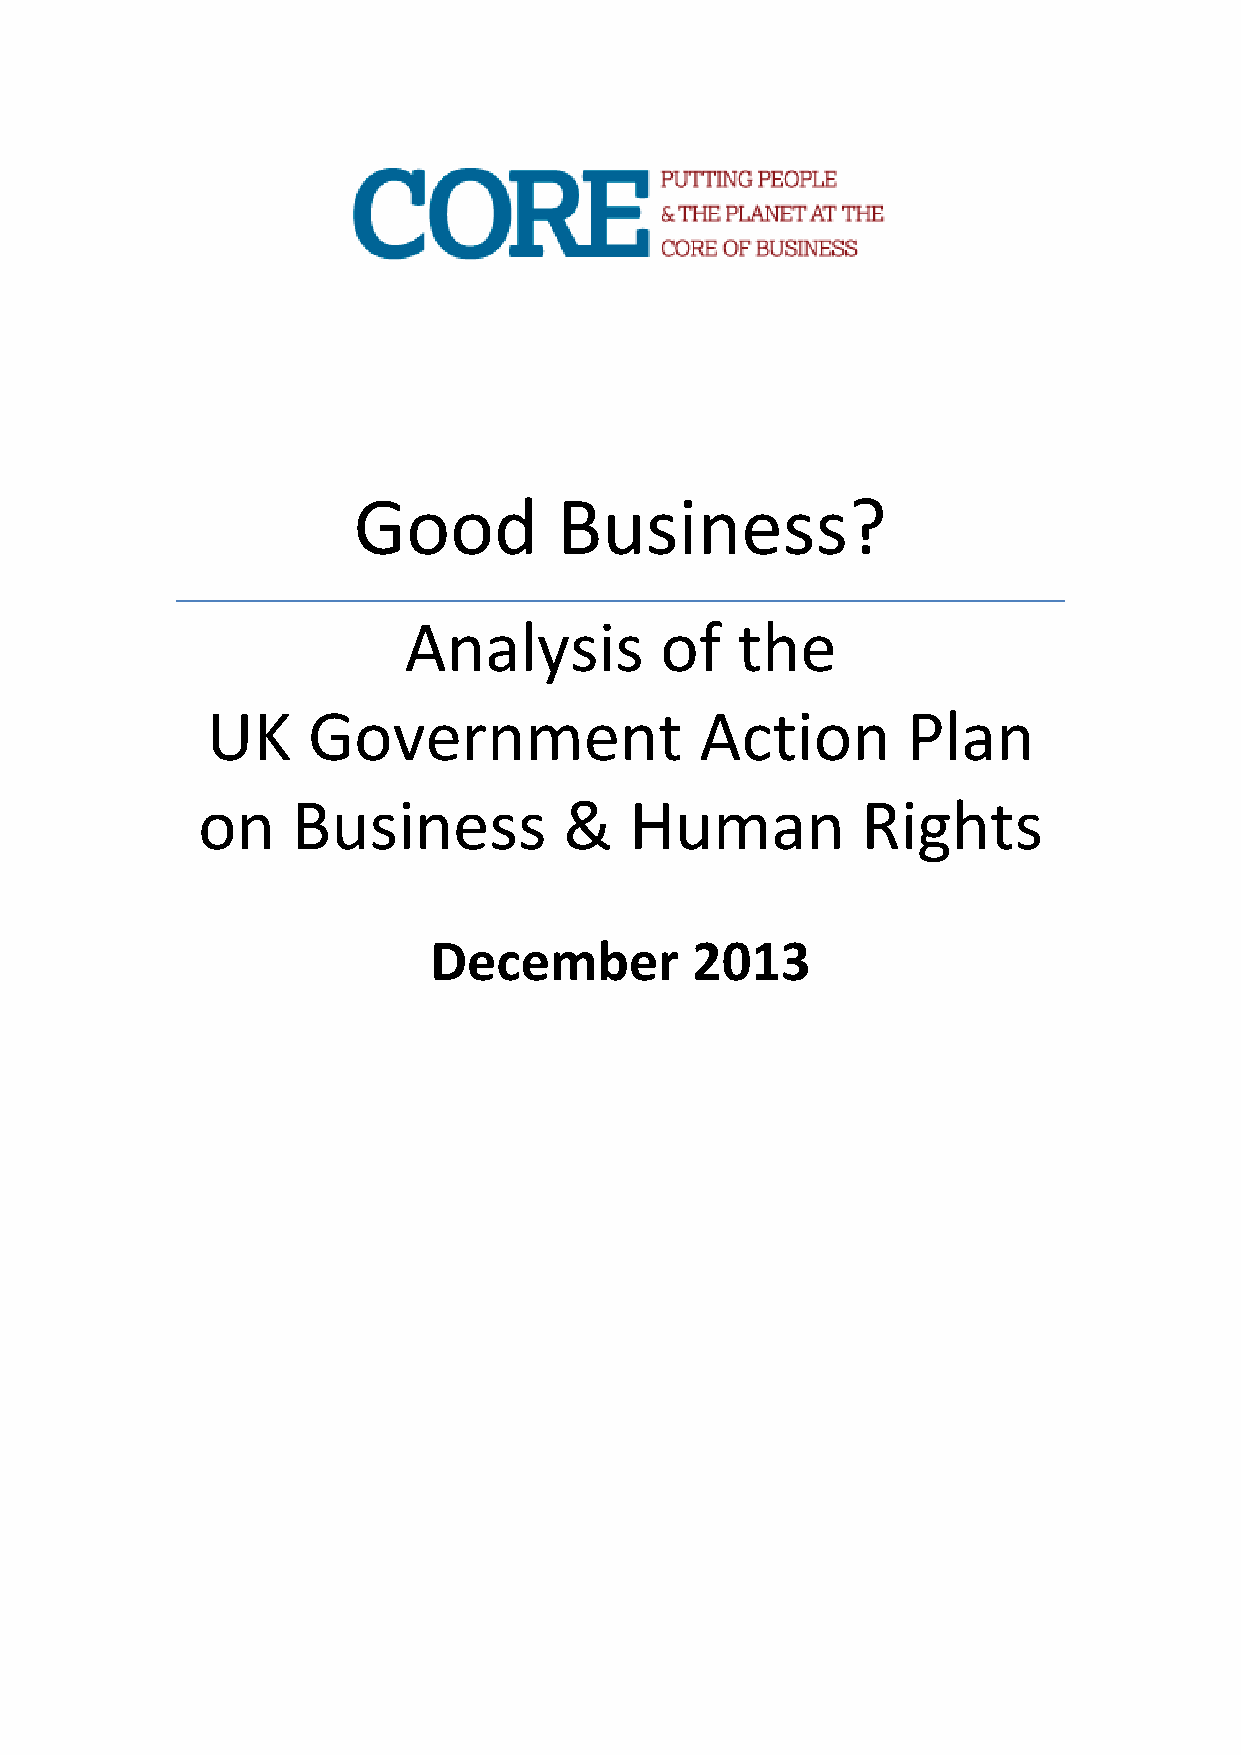
Good          Business?
 Analysis         of   the
 UK    Government                Action        Plan
 on    Business          &    Human          Rights
 December          2013